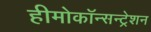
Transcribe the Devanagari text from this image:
हीमोकॉन्सन्ट्रेशन